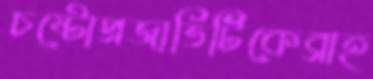
চষ্টোপ্রজাতিটিকেব্রাহ